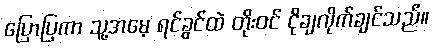
ပြောပြကာ သူ့အမေ့ ရင်ခွင်ထဲ တိုးဝင် ငိုချလိုက်ချင်သည်။